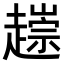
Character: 𧽧